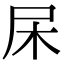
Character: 杘